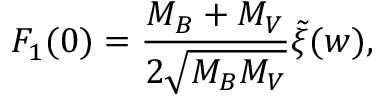
F _ { 1 } ( 0 ) = \frac { M _ { B } + M _ { V } } { 2 \sqrt { M _ { B } M _ { V } } } \tilde { \xi } ( w ) ,